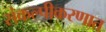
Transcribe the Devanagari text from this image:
संकल्पीकरणात